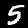
Label: 5